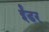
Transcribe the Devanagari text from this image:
ईंडर